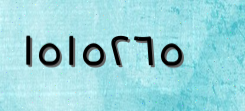
١٥١٥٢٦٥